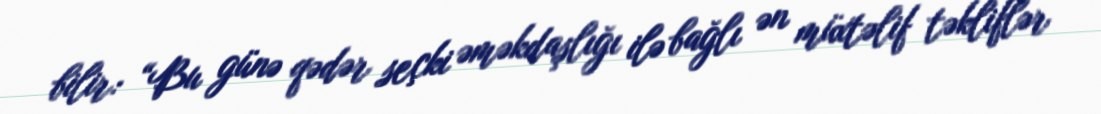
bilir: “Bu günə qədər seçki əməkdaşlığı ilə bağlı ən müxtəlif təkliflər